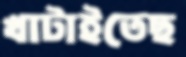
খাটাইতেছ